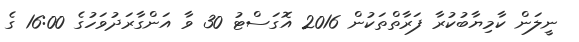
ނީލަން ކާމިޔާބުކުރާ ފަރާތްތަކުން 2016 އޮގަސްޓު 30 ވާ އަންގާރަދުވަހުގެ 16:00 ގެ